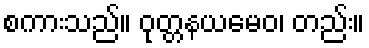
စကားသည်။ ဝုတ္တနယမေဝ၊ တည်း။